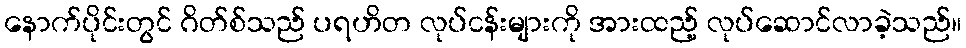
နောက်ပိုင်းတွင် ဂိတ်စ်သည် ပရဟိတ လုပ်ငန်းများကို အားထည့် လုပ်ဆောင်လာခဲ့သည်။